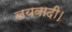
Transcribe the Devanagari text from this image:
लयवादी।